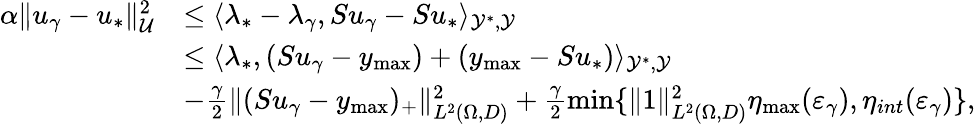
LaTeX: \begin{array}{rl}{\alpha\| u_{\gamma}-u_{*}\| _{\mathcal{U}}^{2}}&{\le\langle\lambda_{*}-\lambda_{\gamma},Su_{\gamma}-Su_{*}\rangle_{\mathcal{Y}^{*},\mathcal{Y}}}\\ &{\le\langle\lambda_{*},(Su_{\gamma}-y_{\operatorname*{max}})+(y_{\operatorname*{max}}-Su_{*})\rangle_{\mathcal{Y}^{*},\mathcal{Y}}}\\ &{-\frac{\gamma}{2}\| (Su_{\gamma}-y_{\operatorname*{max}})_{+}\| _{L^{2}(\Omega,D)}^{2}+\frac{\gamma}{2}\operatorname*{min}\{ \| 1\| _{L^{2}(\Omega,D)}^{2}\eta_{\operatorname*{max}}(\varepsilon_{\gamma}),\eta_{int}(\varepsilon_{\gamma})\} ,}\end{array}